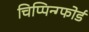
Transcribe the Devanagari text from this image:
चिप्पिन्ग्फोर्ड